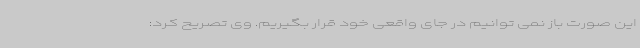
این صورت باز نمی توانیم در جای واقعی خود قرار بگیریم. وی تصریح کرد: